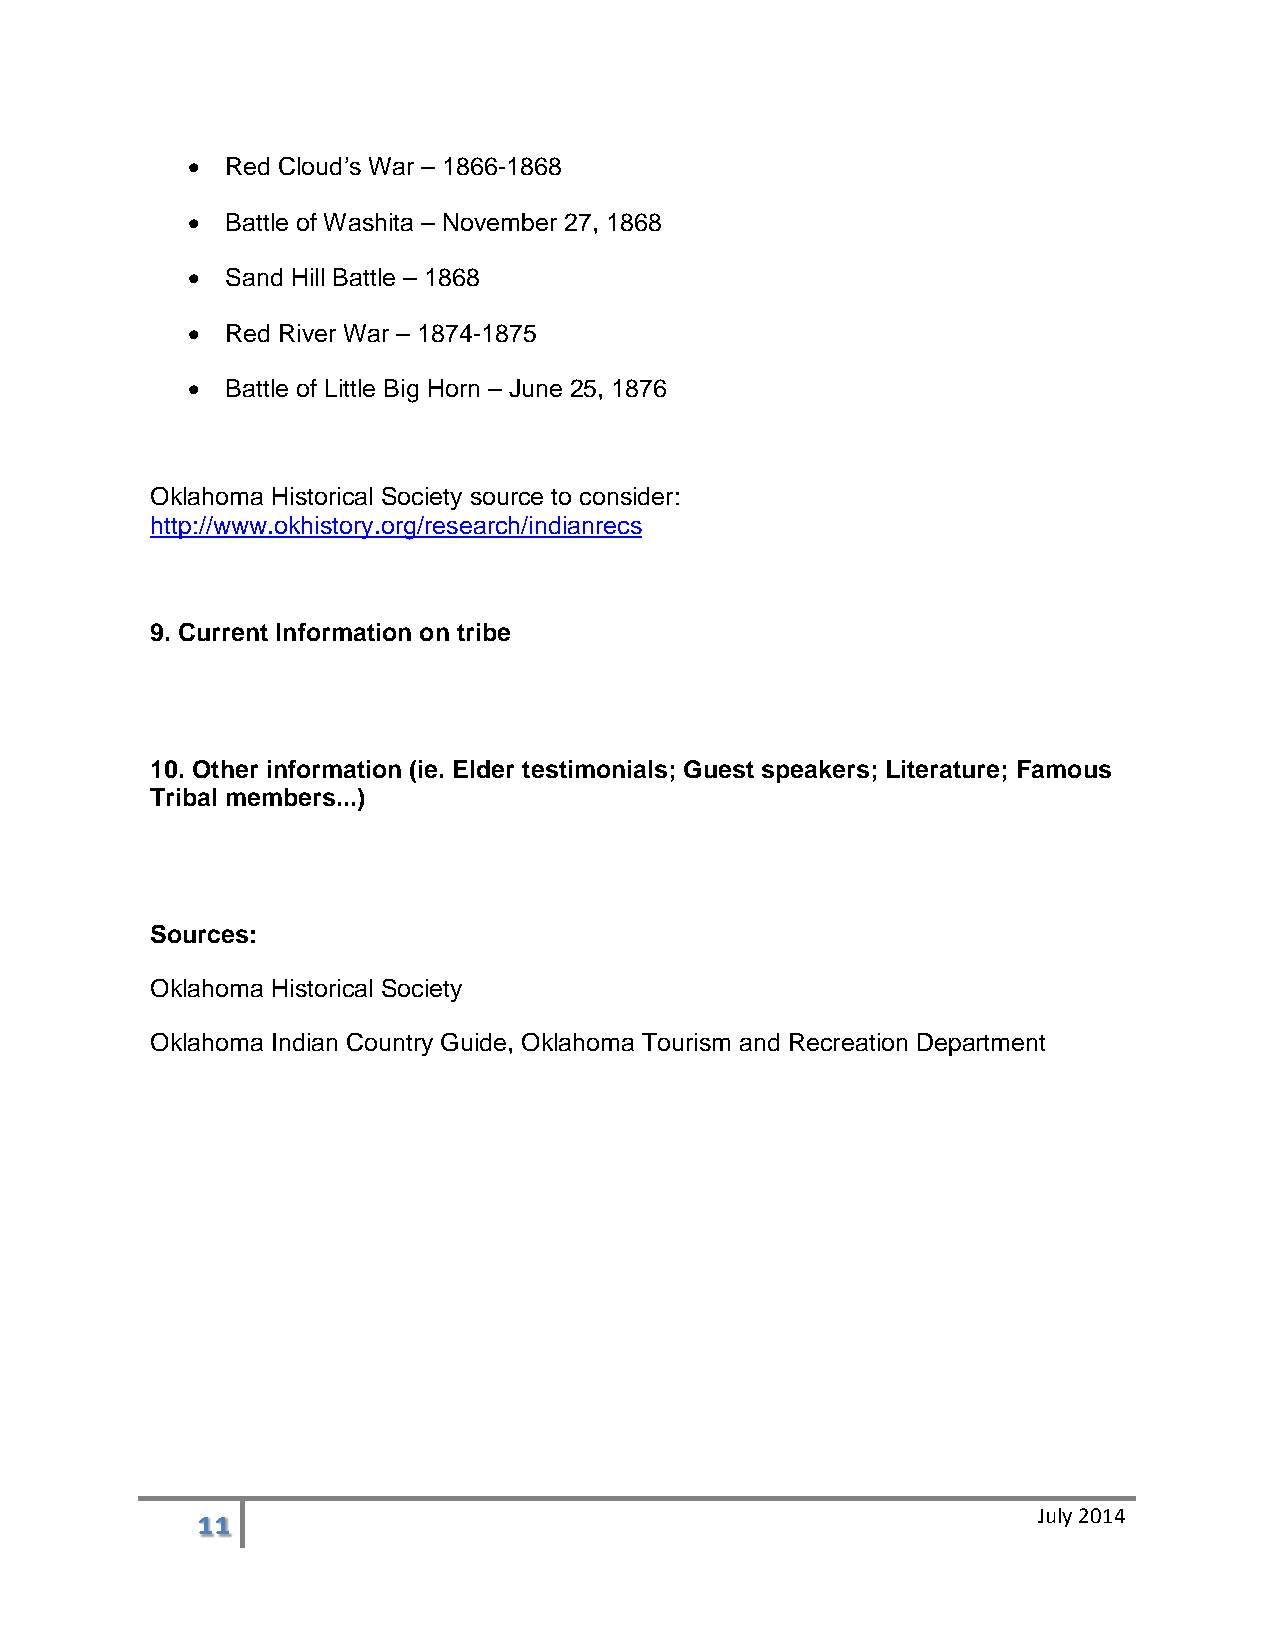
•  Red Cloud’s War – 1866-1868
 •  Battle of Washita – November 27, 1868
 •  Sand Hill Battle – 1868
 •  Red River War – 1874-1875
 •  Battle of Little Big Horn – June 25, 1876
 Oklahoma Historical Society source to consider:
 http://www.okhistory.org/research/indianrecs
 9. Current Information on tribe
 10. Other information (ie. Elder testimonials; Guest speakers; Literature; Famous
 Tribal members...)
 Sources:
 Oklahoma Historical Society
 Oklahoma Indian Country Guide, Oklahoma Tourism and Recreation Department
 11                                                      July 2014